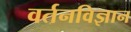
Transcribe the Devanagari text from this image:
वर्तनविज्ञान